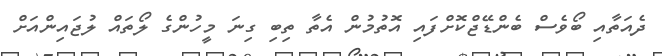
ދެއަތާއި ބޯވެސް ބެންޑޭޖްކޮށްފައި އޮތުމުން އެތާ ތިބި ގިނަ މީހުންގެ ލޯތައް ލުޖައިންއަށް